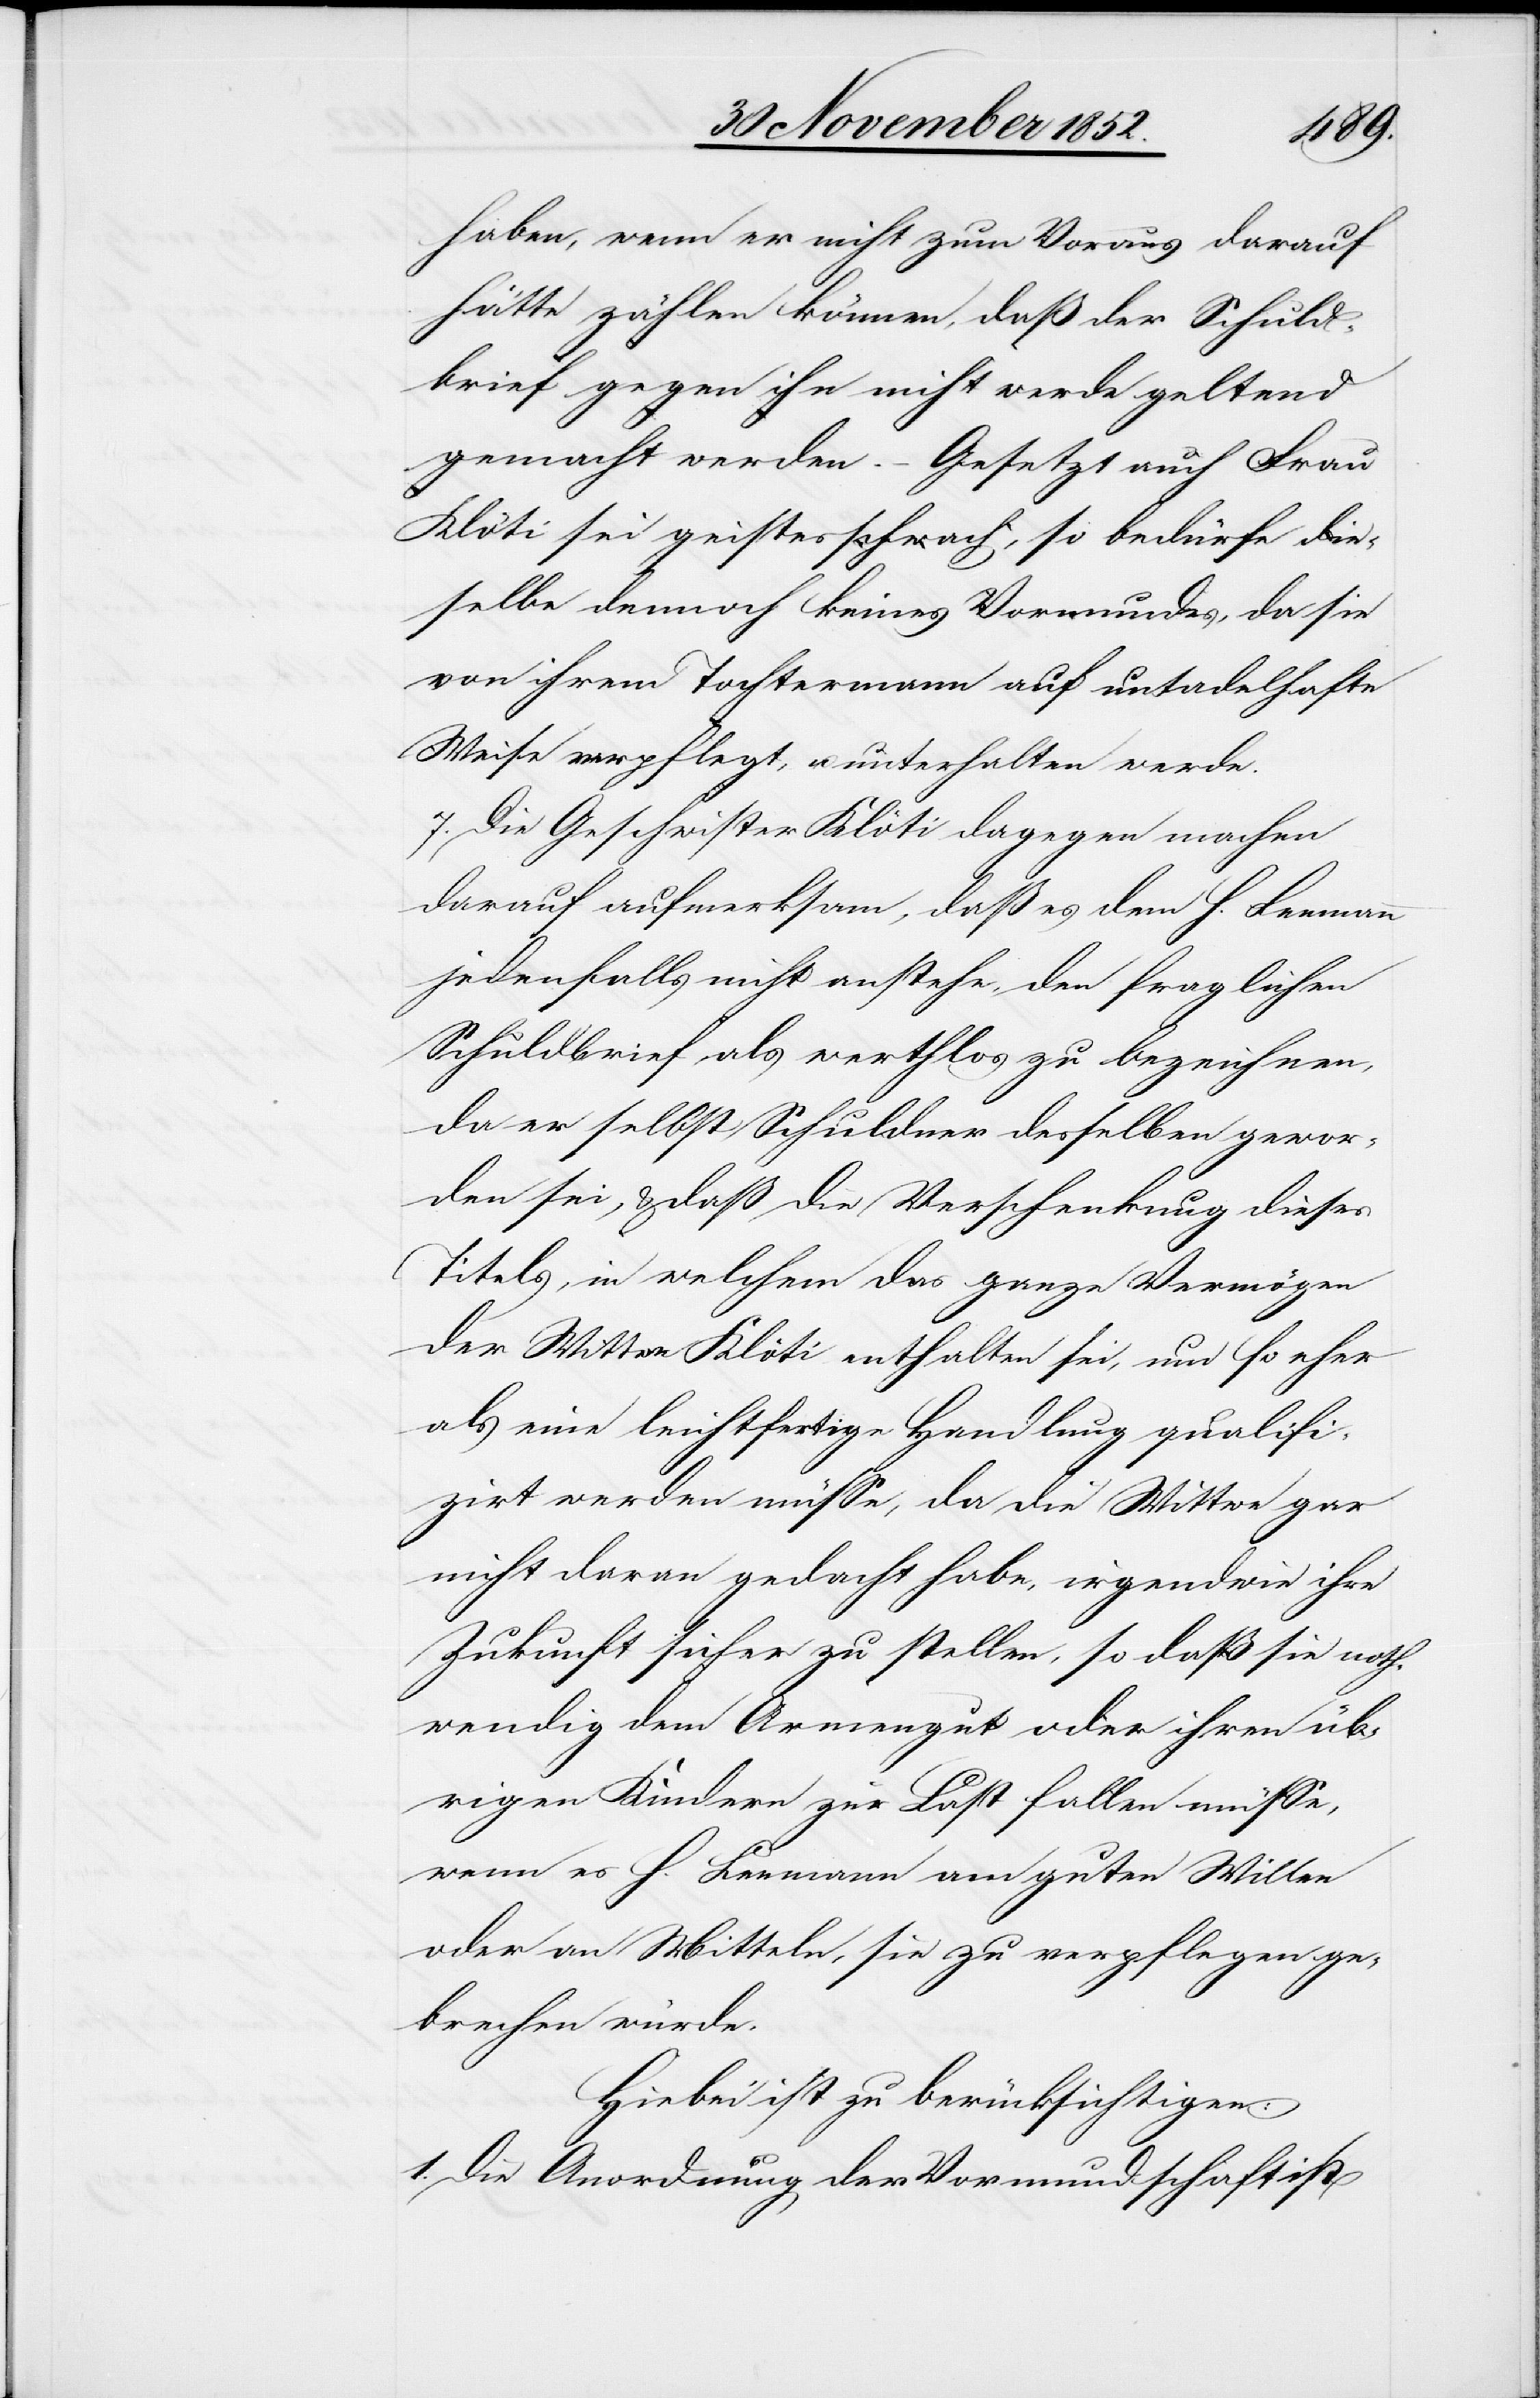
haben, wenn er nicht zum Voraus darauf
hätte zählen können, daß der Schuld¬
brief gegen ihn nicht werde geltend
gemacht werden. – Gesetzt auch Frau
Klöti sei geistesschwach, so bedürfe die¬
selbe dennoch keines Vormundes, da sie
von ihrem Tochtermann auf untadelhafte
Weise verpflegt, u. unterhalten werde.
7. Die Geschwister Klöti dagegen machen
darauf aufmerksam, daß es dem H. Leemann
jedenfalls nicht anstehe, den fraglichen
Schuldbrief als werthlos zu bezeichnen,
da er selbst Schuldner desselben gewor¬
den sei, & daß die Verschenkung dieses
Titels, in welchem das ganze Vermögen
der Wittwe Klöti enthalten sei, um so eher
als eine leichtfertige Handlung qualifi¬
zirt werden müsse, da die Wittwe gar
nicht daran gedacht habe, irgendwie ihre
Zukunft sicher zu stellen, so daß sie noth¬
wendig dem Armengut oder ihren üb¬
rigen Kindern zur Last fallen müsse,
wenn es H. Leemann am guten Willen
oder an Mitteln, sie zu verpflegen ge¬
brechen würde.
Hiebei ist zu berücksichtigen:
1. Die Anordnung der Vormundschaft ist